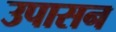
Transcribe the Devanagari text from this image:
उपासन